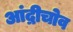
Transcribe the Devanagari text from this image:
आंद्रीचोव